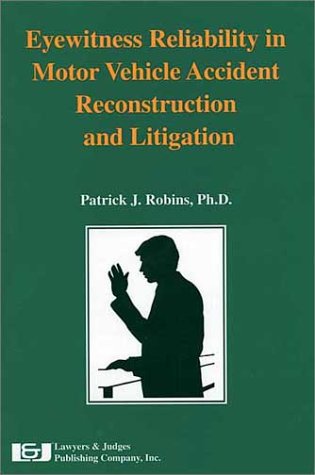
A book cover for Eyewitness Reliability in Motor Vehicle Accident Reconstruction and Litigation; Patrick J. Robins; Law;